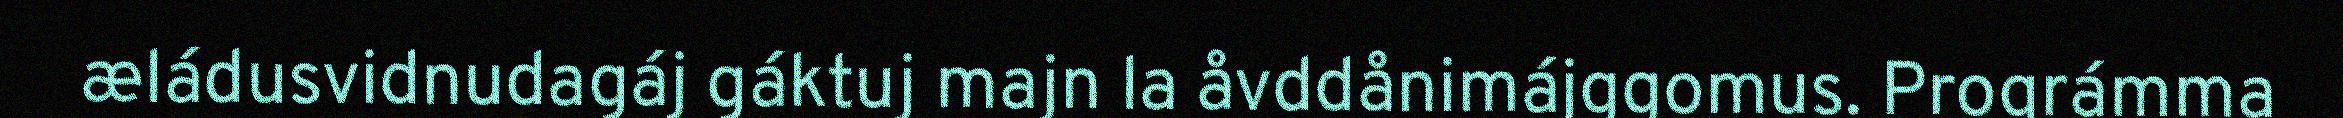
æládusvidnudagáj gáktuj majn la åvddånimájggomus. Prográmma